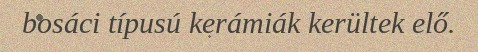
bosáci típusú kerámiák kerültek elő.